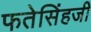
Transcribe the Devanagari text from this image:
फतेसिंहजी